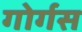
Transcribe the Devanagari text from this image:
गोर्गस